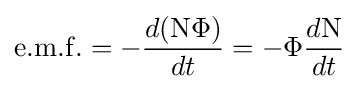
\mathrm {e.m.f.} =-{d(\mathrm {N} \Phi ) \over dt}=-\Phi {d\mathrm {N}  \over dt}